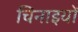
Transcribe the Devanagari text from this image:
चिनाइयों